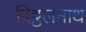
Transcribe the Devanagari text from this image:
बिट्ठलनाथ